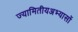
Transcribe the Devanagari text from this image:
ज्यामितीयअभ्यासों